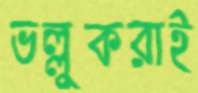
ভল্লুকরাই